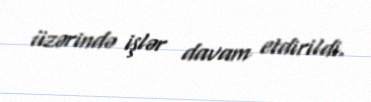
üzərində işlər davam etdirildi.